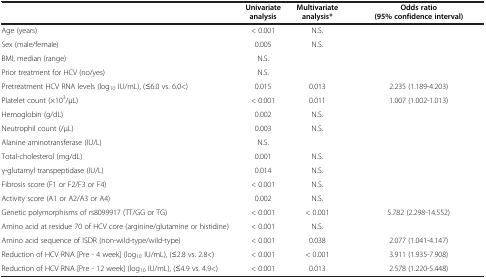
|  | Univariate analysis | Multivariate analysis* | Odds ratio (95% confidence interval) |
 | --- | --- | --- | --- |
 | Age (years) | < 0.001 | N.S. |  |
 | Sex (male/female) | 0.005 | N.S. |  |
 | BMI, median (range) | N.S. |  |  |
 | Prior treatment for HCV (no/yes) | N.S. |  |  |
 | Pretreatment HCV RNA levels (log10 IU/mL), (≤6.0 vs. 6.0<) | 0.015 | 0.013 | 2.235 (1.189-4.203) |
 | Platelet count (×103/μL) | < 0.001 | 0.011 | 1.007 (1.002-1.013) |
 | Hemoglobin (g/dL) | 0.002 | N.S. |  |
 | Neutrophil count (/μL) | 0.003 | N.S. |  |
 | Alanine aminotransferase (IU/L) | N.S. |  |  |
 | Total-cholesterol (mg/dL) | 0.001 | N.S. |  |
 | γ-glutamyl transpeptidase (IU/L) | 0.014 | N.S. |  |
 | Fibrosis score (F1 or F2/F3 or F4) | < 0.001 | N.S. |  |
 | Activity score (A1 or A2/A3 or A4) | 0.002 | N.S. |  |
 | Genetic polymorphisms of rs8099917 (TT/GG or TG) | < 0.001 | < 0.001 | 5.782 (2.298-14.552) |
 | Amino acid at residue 70 of HCV core (arginine/glutamine or histidine) | < 0.001 | N.S. |  |
 | Amino acid sequence of ISDR (non-wild-type/wild-type) | < 0.001 | 0.038 | 2.077 (1.041-4.147) |
 | Reduction of HCV RNA [Pre - 4 week] (log10 IU/mL), (≤2.8 vs. 2.8<) | < 0.001 | < 0.001 | 3.911 (1.935-7.908) |
 | Reduction of HCV RNA [Pre - 12 week] (log10 IU/mL), (≤4.9 vs. 4.9<) | < 0.001 | 0.013 | 2.578 (1.220-5.448) |